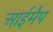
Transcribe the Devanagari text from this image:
आईमैप